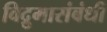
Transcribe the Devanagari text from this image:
विद्रुमासंबंधी